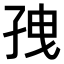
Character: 𫲥